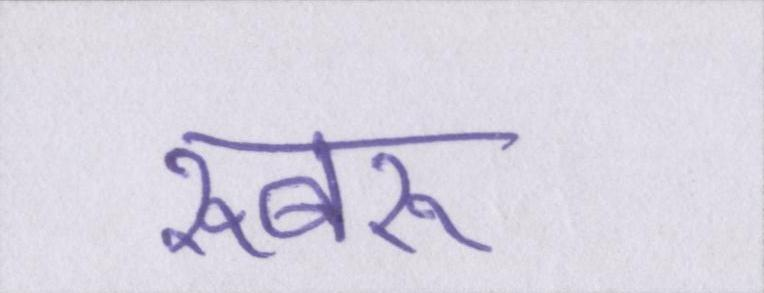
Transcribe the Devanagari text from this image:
रूबरू